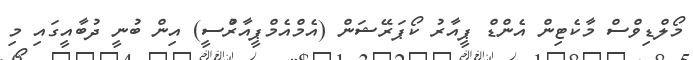
މޯލްޑިވްސް މާކެޓިން އެންޑް ޕީއާރު ކޯޕަރޭޝަން (އެމްއެމްޕީއާރުްސީ) އިން ބުނީ ދުބާއީގައި މި